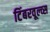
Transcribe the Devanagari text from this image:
टिंबरवूल्व्स